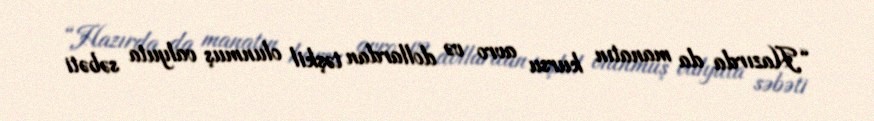
“Hazırda da manatın kursu avro və dollardan təşkil olunmuş valyuta səbəti